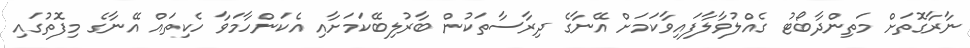
ނާރާގޮތަށް މަތިންދާބޯޓު ގެއްލުވާލާފައިވާކަމަށް އޭނާގެ ދިރާސާތަކުން ބާރުލިބޭކަމަށާއި އެކަންހާމަވާ ހެކިތައް އޭނާގެ މިފޮތުގައި